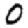
Digit: 0